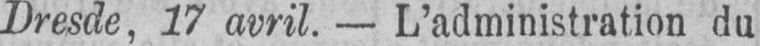
Dresde, 17 avril. - L’administration du